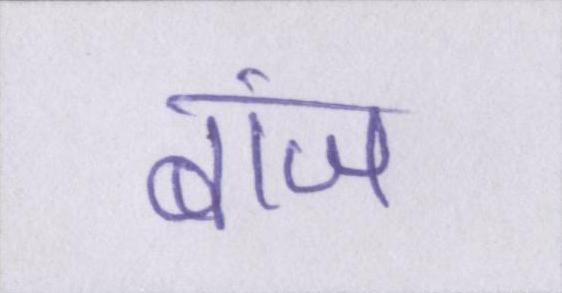
बांज